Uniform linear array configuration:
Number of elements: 32
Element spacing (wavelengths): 0.25
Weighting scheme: blackman
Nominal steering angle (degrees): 30
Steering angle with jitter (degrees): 28.443
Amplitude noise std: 0.05
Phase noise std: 0.05

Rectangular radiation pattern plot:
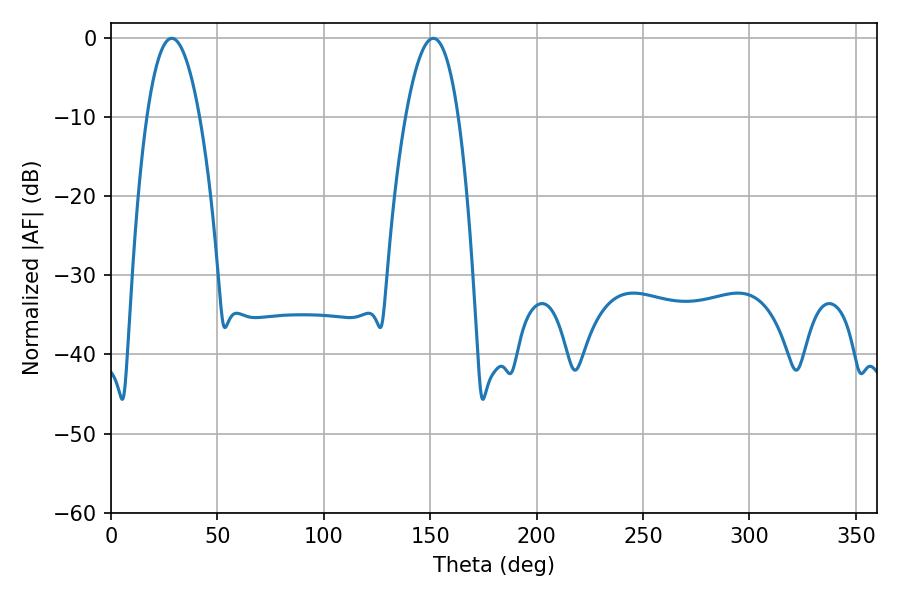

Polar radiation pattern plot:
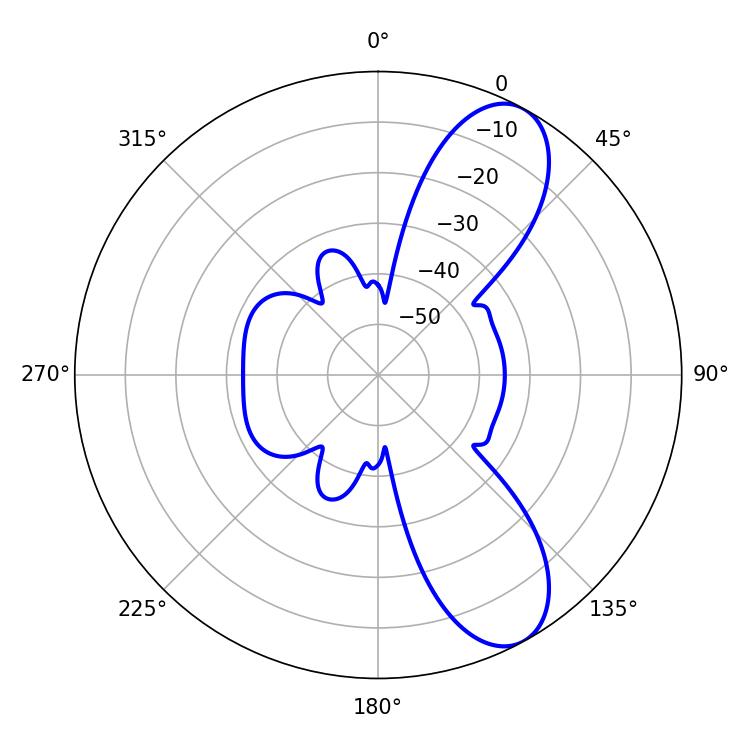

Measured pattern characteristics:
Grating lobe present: FALSE
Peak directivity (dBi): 9.109
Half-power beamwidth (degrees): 13.68
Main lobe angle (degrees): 28.62